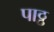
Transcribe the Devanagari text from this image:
पाठ्ठ